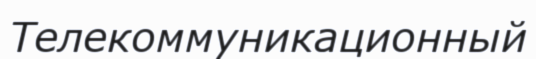
Телекоммуникационный